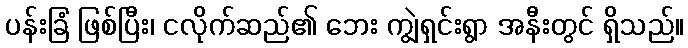
ပန်းခြံ ဖြစ်ပြီး၊ ငလိုက်ဆည်၏ ဘေး ကျွဲရှင်းရွာ အနီးတွင် ရှိသည်။